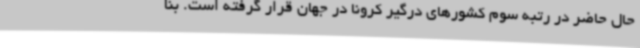
حال حاضر در رتبه سوم کشورهای درگیر کرونا در جهان قرار گرفته است. بنا